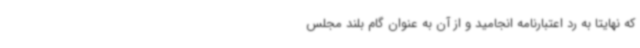
که نهایتا به رد اعتبارنامه انجامید و از آن به عنوان گام بلند مجلس